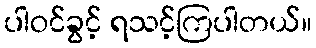
ပါဝင်ခွင့် ရသင့်ကြပါတယ်။